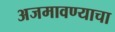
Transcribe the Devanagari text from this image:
अजमावण्याचा